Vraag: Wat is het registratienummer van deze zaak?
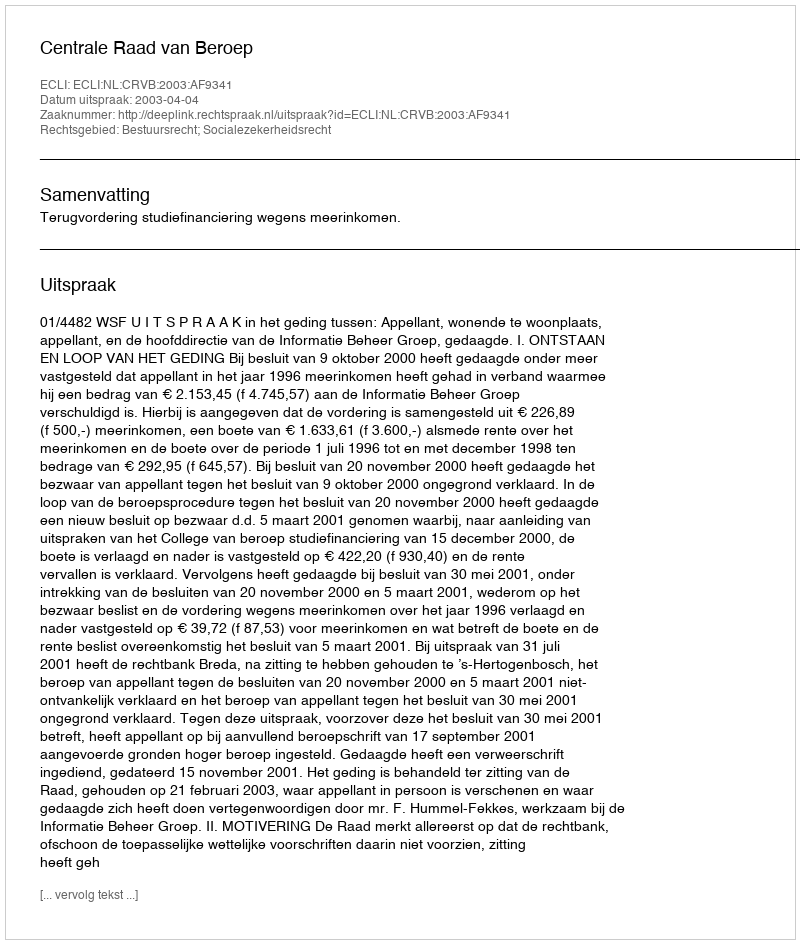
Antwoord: http://deeplink.rechtspraak.nl/uitspraak?id=ECLI:NL:CRVB:2003:AF9341